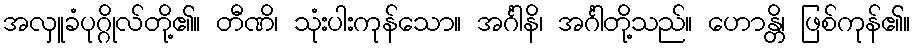
အလှူခံပုဂ္ဂိုလ်တို့၏။ တီဏိ၊ သုံးပါးကုန်သော။ အင်္ဂါနိ၊ အင်္ဂါတို့သည်။ ဟောန္တိ၊ ဖြစ်ကုန်၏။